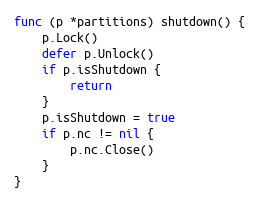
Language: Go
func (p *partitions) shutdown() {
	p.Lock()
	defer p.Unlock()
	if p.isShutdown {
		return
	}
	p.isShutdown = true
	if p.nc != nil {
		p.nc.Close()
	}
}